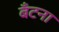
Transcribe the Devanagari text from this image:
बँटना